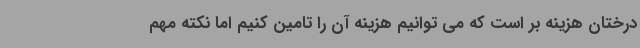
درختان هزینه بر است که می توانیم هزینه آن را تامین کنیم اما نکته مهم